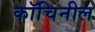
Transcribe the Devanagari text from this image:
कॉचिनील